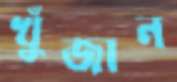
খুঁজান